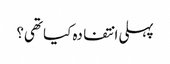
پہلی انتفادہ کیا تھی؟